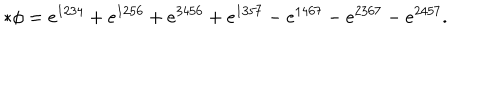
LaTeX: * \phi = e ^ { 1 2 3 4 } + e ^ { 1 2 5 6 } + e ^ { 3 4 5 6 } + e ^ { 1 3 5 7 } - e ^ { 1 4 6 7 } - e ^ { 2 3 6 7 } - e ^ { 2 4 5 7 } .